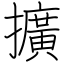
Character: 擴